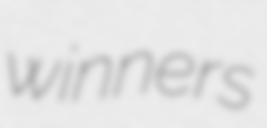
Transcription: winners